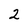
Character: 2